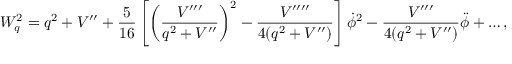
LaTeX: W _ { q } ^ { 2 } = q ^ { 2 } + V ^ { \prime \prime } + { \frac { 5 } { 1 6 } } \left[ \left( { \frac { V ^ { \prime \prime \prime } } { q ^ { 2 } + V ^ { \prime \prime } } } \right) ^ { 2 } - { \frac { V ^ { \prime \prime \prime \prime } } { 4 ( q ^ { 2 } + V ^ { \prime \prime } ) } } \right] \dot { \phi } ^ { 2 } - { \frac { V ^ { \prime \prime \prime } } { 4 ( q ^ { 2 } + V ^ { \prime \prime } ) } } \ddot { \phi } + \ldots ,